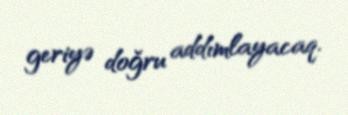
geriyə doğru addımlayacaq.